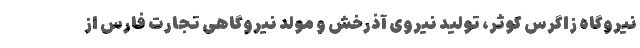
نیروگاه زاگرس کوثر، تولید نیروی آذرخش و مولد نیروگاهی تجارت فارس از